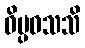
ဝိပ္ပဝသသိ